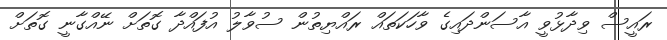
ރައީސް ވިދާޅުވީ އާސަންދައިގެ ވާހަކަަތައް ރައްޔިތުން ސުވާލު އުފައްދާ ގޮތަށް ނޭއްގާނީ ގޮތަށް